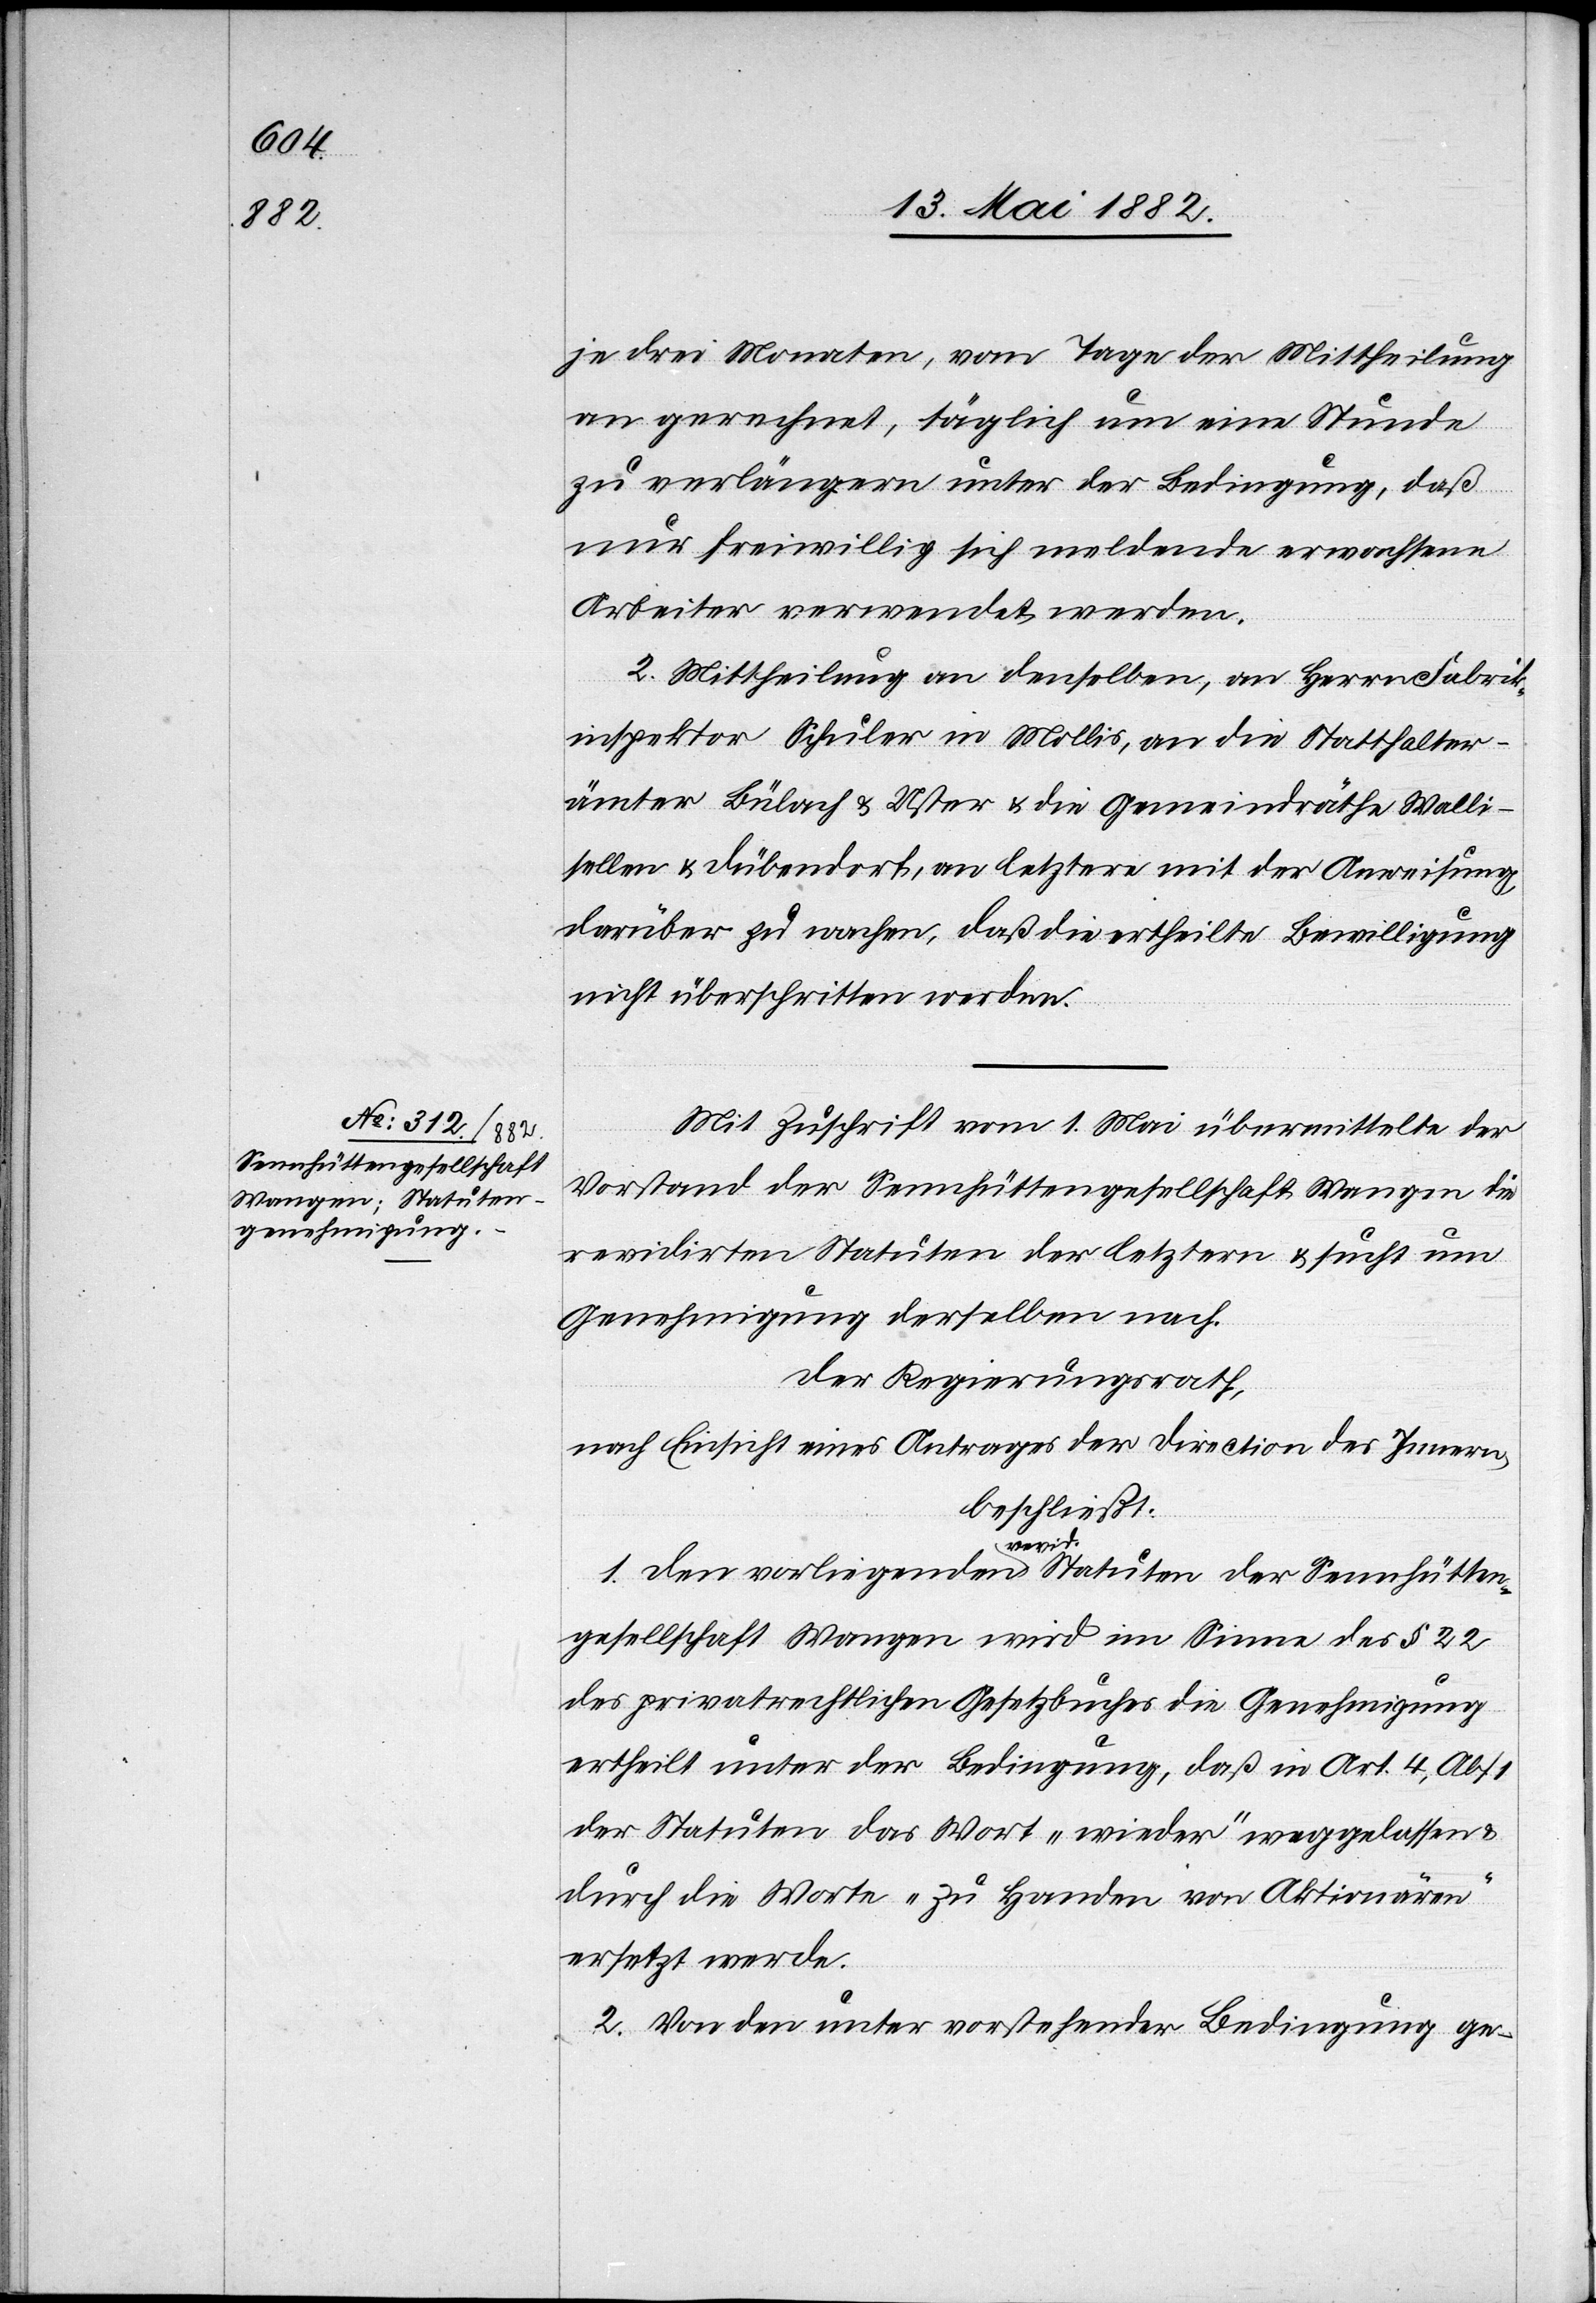
je drei Monaten, vom Tage der Mittheilung
an gerechnet, täglich um eine Stunde
zu verlängern unter der Bedingung, daß
nur freiwillig sich meldende erwachsene
Arbeiter verwendet werden.
2. Mittheilung an denselben, an Herrn Fabrik¬
inspektor Schuler in Mollis, an die Statthalter¬
ämter Bülach & Uster & die Gemeindräthe Walli¬
sellen & Dübendorf, an letztere mit der Anweisung,
darüber zu wachen, daß die ertheilte Bewilligung
nicht überschritten werde.
Mit Zuschrift vom 1. Mai übermittelte der
Vorstand der Sennhüttengesellschaft Wangen die
revidirten Statuten der letztern & sucht um
Genehmigung derselben nach.
Der Regierungsrath,
nach Einsicht eines Antrages der Direction des Innern,
beschließt:
1. Den vorliegenden revid. Statuten der Sennhütten¬
gesellschaft Wangen wird im Sinne des § 22
des privatrechtlichen Gesetzbuches die Genehmigung
ertheilt unter der Bedingung, daß in Art. 4, Abs.
der Statuten das Wort „wieder“ weggelassen
durch die Worte „zu Handen von Aktionären“
ersetzt werde.
2. Von den unter vorstehender Bedingung ge-